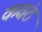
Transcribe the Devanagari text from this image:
कवंठ